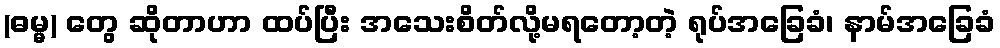
(ဓမ္မ) တွေ ဆိုတာဟာ ထပ်ပြီး အသေးစိတ်လို့မရတော့တဲ့ ရုပ်အခြေခံ၊ နာမ်အခြေခံ